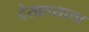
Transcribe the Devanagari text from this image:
देखाव्याचा